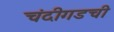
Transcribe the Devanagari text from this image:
चंदीगडची